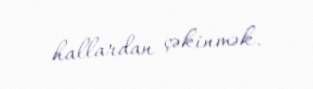
hallardan çəkinmək.